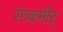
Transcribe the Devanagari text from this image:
रंगकमीर्